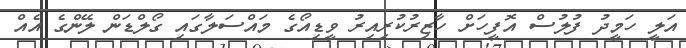
އަލީ ހަމީދު ފުލުސް އޮފީހަށް ހާޒިރުކުރިއިރު ވީޑިއޯގެ މައްސަލާގައި ގޯލްޑަން ލޭންގެ އެއް